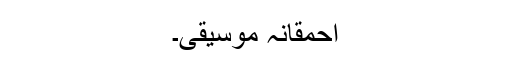
احمقانہ موسیقی۔